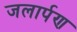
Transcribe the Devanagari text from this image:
जलार्पण